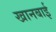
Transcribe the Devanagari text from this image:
खानबाई